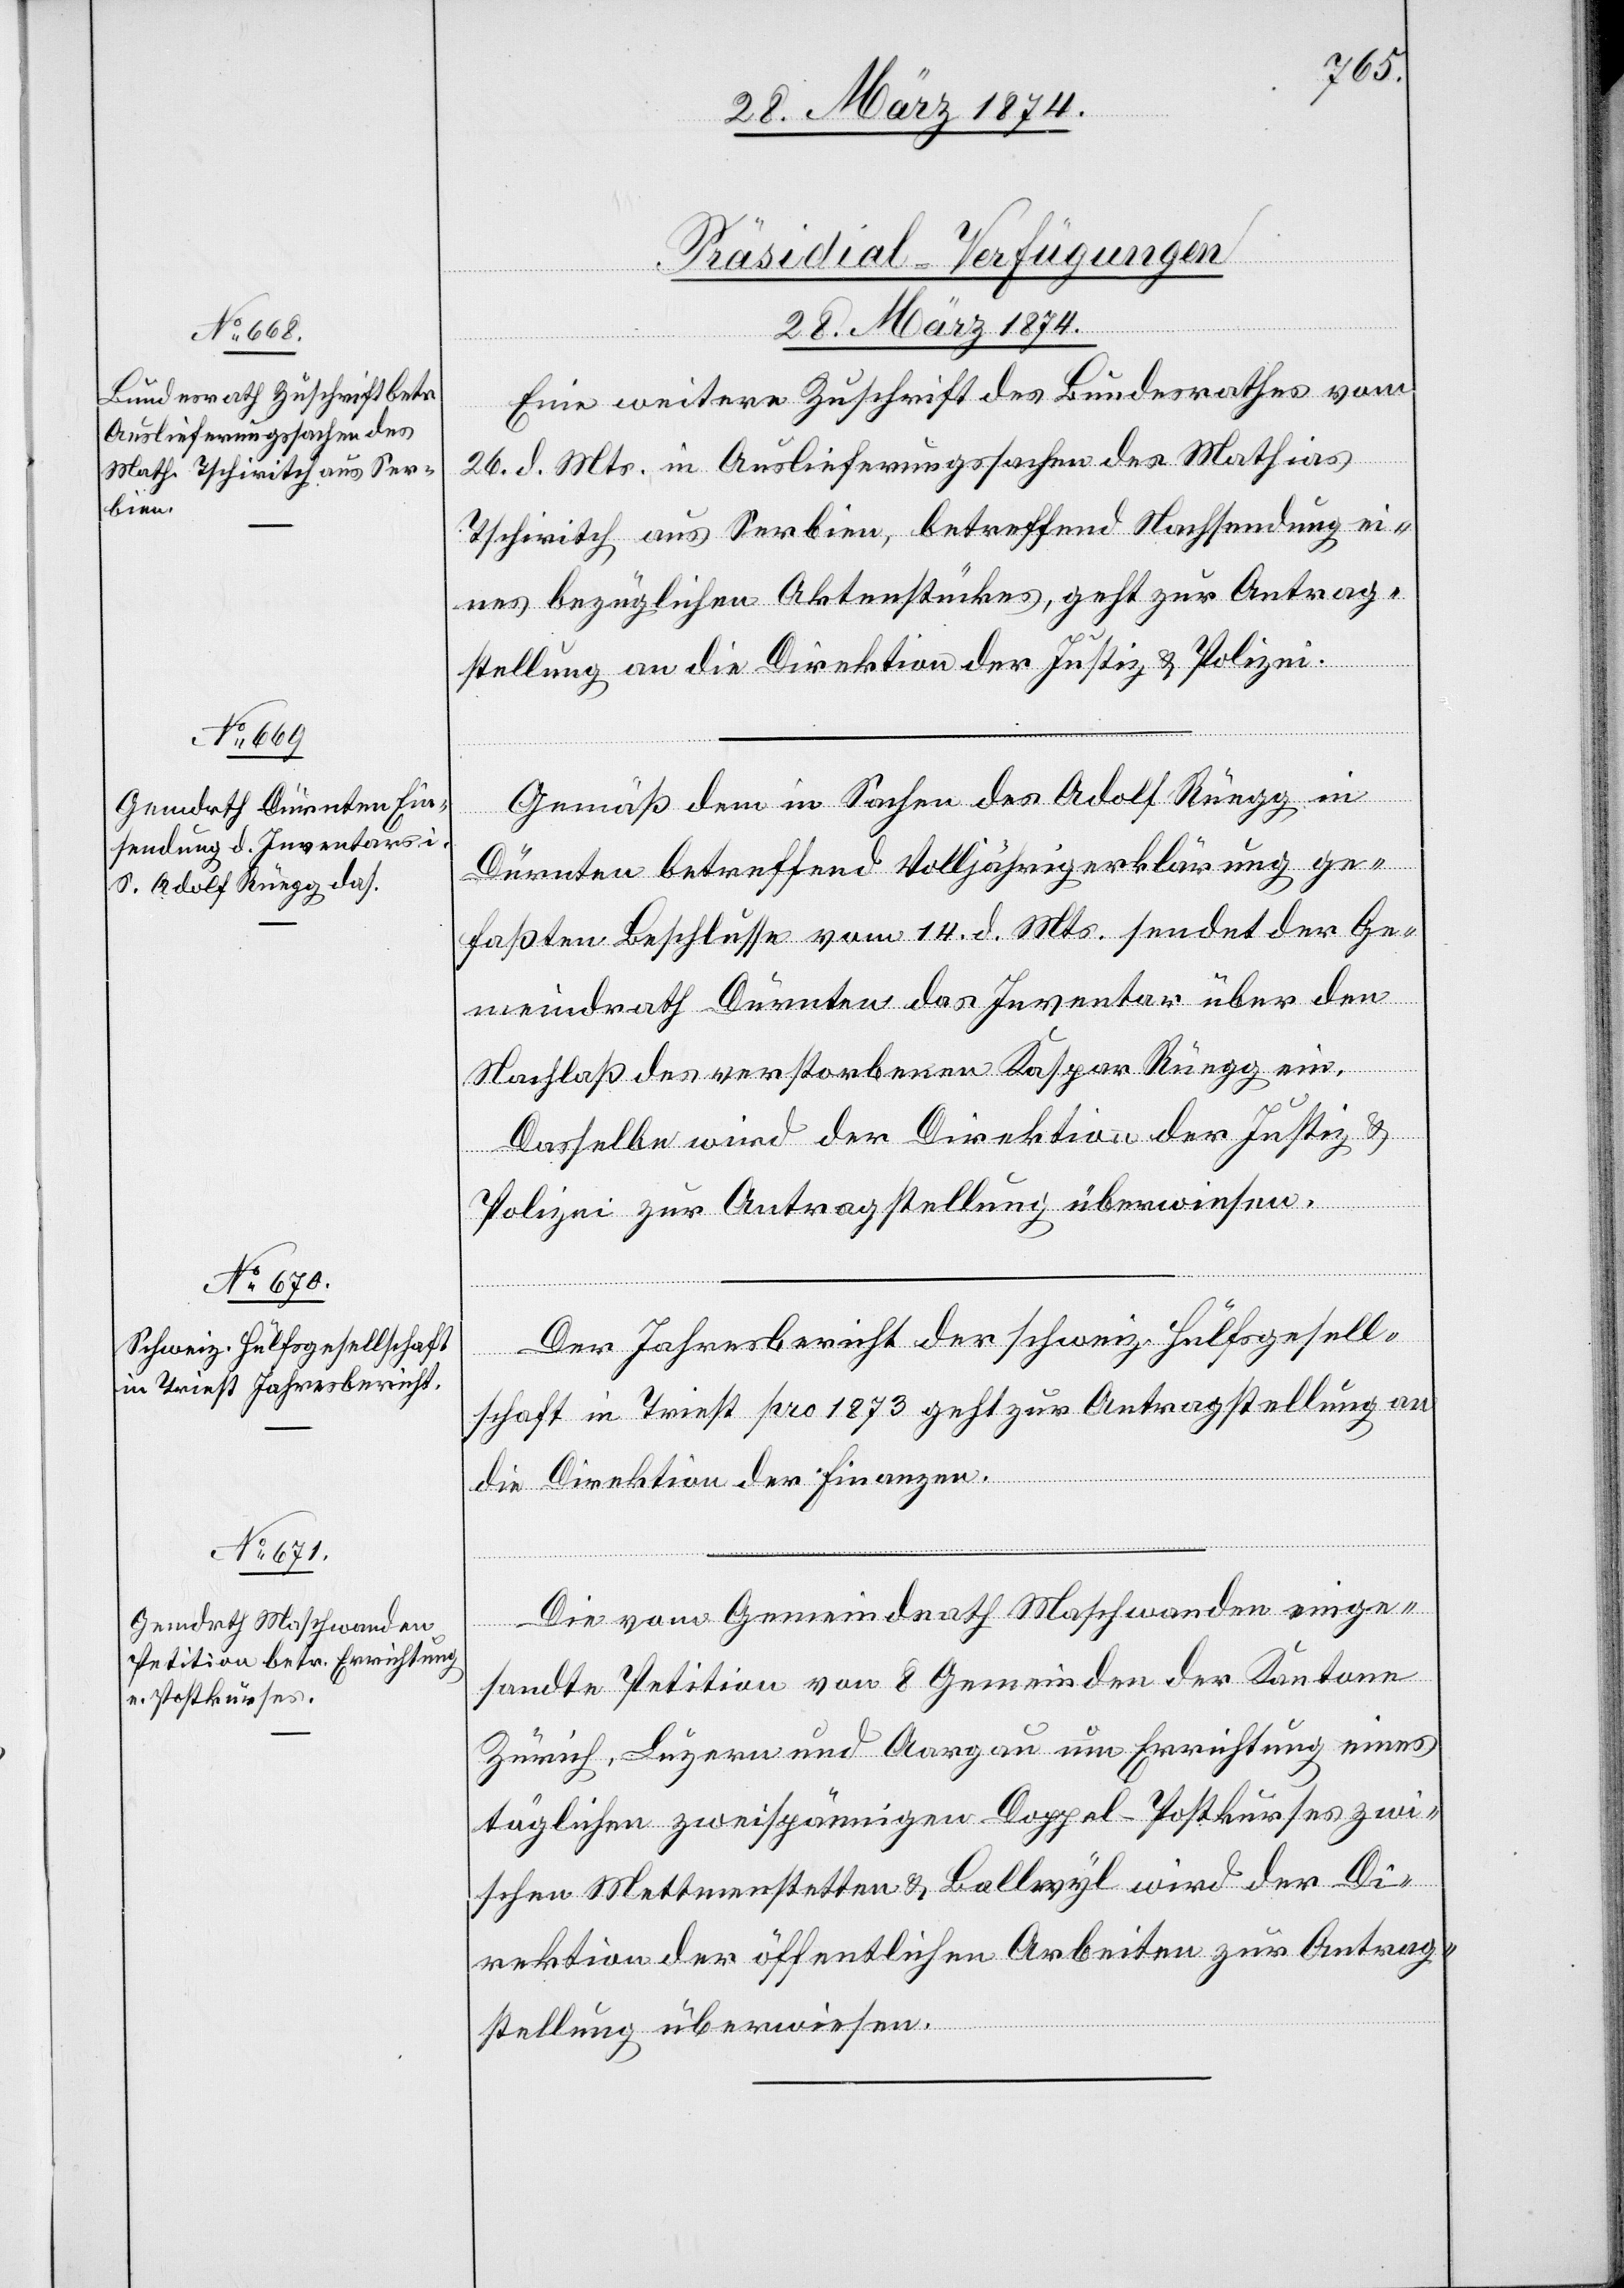
[Präsidial-Verfügungen
28. März 1874.]
Eine weitere Zuschrift des Bundesrathes vom
26. d. Mts. in Auslieferungssachen des Mathias
Tschiritch aus Serbien, betreffend Nachsendung ei¬
nes bezüglichen Aktenstückes, geht zur Antrag¬
stellung an die Direktion der Justiz u. Polizei.
Gemäß dem in Sachen des Adolf Rüegg in
Dürnten betreffend Volljährigerklärung ge¬
faßten Beschlusse vom 14. d. Mts. sendet der Ge¬
meindrath Dürnten das Inventar über den
Nachlaß des verstorbenen Kaspar Rüegg ein.
Dasselbe wird der Direktion der Justiz u.
Polizei zur Antragstellung überwiesen.
Der Jahresbericht der schweiz. Hülfsgesell¬
schaft in Triest pro 1873 geht zur Antragstellung an
die Direktion der Finanzen.
Die vom Gemeindrath Maschwanden einge¬
sandte Petition von 8 Gemeinden der Kantone
Zürich, Luzern und Aargau um Errichtung eines
täglichen zweispännigen Doppel-Postkurses zwi¬
schen Mettmenstetten u. Ballwyl wird der Di¬
rektion der öffentlichen Arbeiten zur Antrag¬
stellung überwiesen.